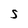
Character: S